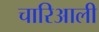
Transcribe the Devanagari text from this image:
चारिआली